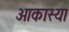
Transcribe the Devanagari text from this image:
आकास्या